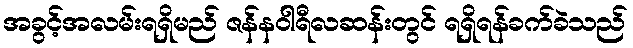
အခွင့်အလမ်းရရှိမည် ဇန်နဝါရီလဆန်းတွင် ရရှိရန်ခက်ခဲသည်